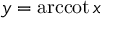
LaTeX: y = \operatorname { a r c c o t } x